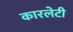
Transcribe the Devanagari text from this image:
कारलेटी